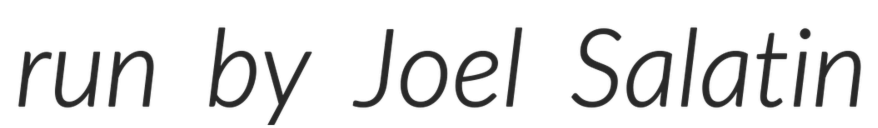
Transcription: run by Joel Salatin